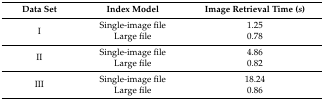
| Data Set | Index Model | Image Retrieval Time (s) |
 | --- | --- | --- |
 | I | Single-image file Large file | 1.25 0.78 |
 | II | Single-image file Large file | 4.86 0.82 |
 | III | Single-image file Large file | 18.24 0.86 |